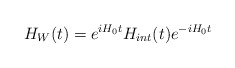
\begin{align*}H_{W}(t)=e^{iH_{0}t}H_{int}(t)e^{-iH_{0}t}\end{align*}